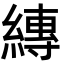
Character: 縳